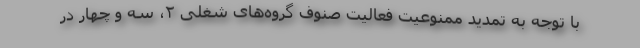
با توجه به تمدید ممنوعیت فعالیت صنوف گروه‌های شغلی ۲، سه و چهار در